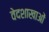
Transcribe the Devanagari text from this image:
वेदशाखाओं